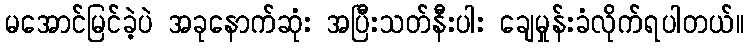
မအောင်မြင်ခဲ့ပဲ အခုနောက်ဆုံး အပြီးသတ်နီးပါး ချေမှုန်းခံလိုက်ရပါတယ်။